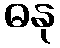
ဓနု